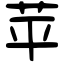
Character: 苹